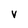
Character: V